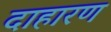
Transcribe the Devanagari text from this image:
दाहारण